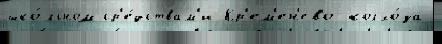
шко́льном ср'е́дствам'и Кр'ем'ен'ево колхо́за